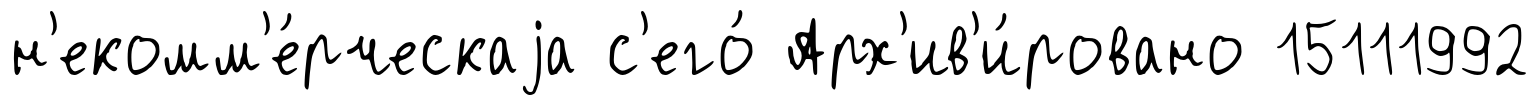
н'екомм'е́рческаjа с'его́ Арх'ив'и́ровано 15111992